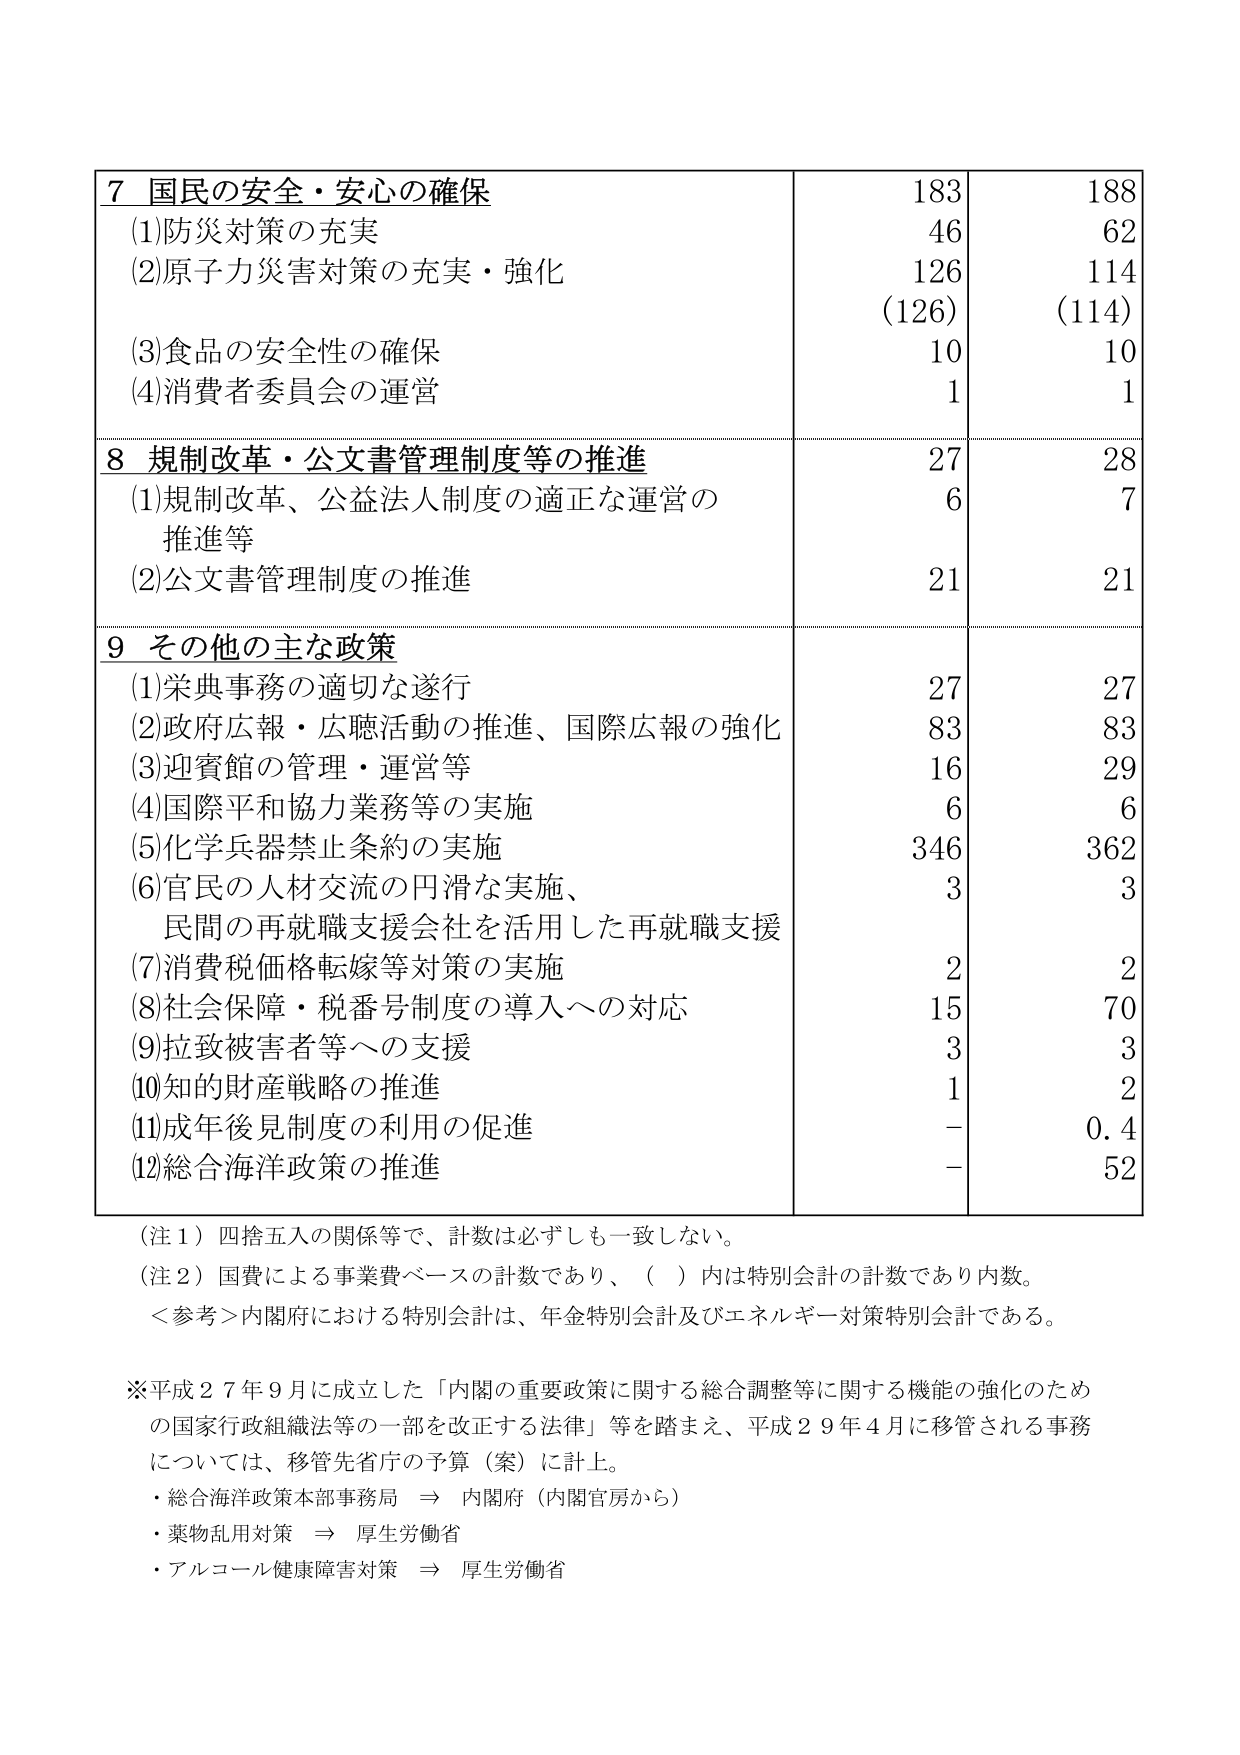
7 国民の安全・安心の確保
(1)防災対策の充実
(2)原子力災害対策の充実・強化
(3)食品の安全性の確保
(4)消費者委員会の運営
8 規制改革・公文書管理制度等の推進
(1)規制改革、公益法人制度の適正な運営の
推進等
(2)公文書管理制度の推進
9 その他の主な政策
(1)栄典事務の適切な遂行
(2)政府広報・広聴活動の推進、国際広報の強化
(3)迎賓館の管理・運営等
(4)国際平和協力業務等の実施
(5)化学兵器禁止条約の実施
(6)官民の人材交流の円滑な実施、
民間の再就職支援会社を活用した再就職支援
(7)消費税価格転嫁等対策の実施
(8)社会保障・税番号制度の導入への対応
(9)拉致被害者等への支援
(10)知的財産戦略の推進
(11)成年後見制度の利用の促進
(12)総合海洋政策の推進
183
46
126
(126)
10
1
27
6
21
27
83
16
6
346
3
2
15
3
1
-
-
188
62
114
(114)
10
1
28
7
21
27
83
29
6
362
3
2
70
3
2
0.4
52
（注１）四捨五入の関係等で、計数は必ずしも一致しない。
（注２）国費による事業費ベースの計数であり、（ ）内は特別会計の計数であり内数。
＜参考＞内閣府における特別会計は、年金特別会計及びエネルギー対策特別会計である。
※平成２７年９月に成立した「内閣の重要政策に関する総合調整等に関する機能の強化のため
の国家行政組織法等の一部を改正する法律」等を踏まえ、平成２９年４月に移管される事務
については、移管先省庁の予算（案）に計上。
・総合海洋政策本部事務局 ⇒ 内閣府（内閣官房から）
・薬物乱用対策 ⇒ 厚生労働省
・アルコール健康障害対策 ⇒ 厚生労働省